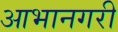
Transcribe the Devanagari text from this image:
आभानगरी